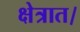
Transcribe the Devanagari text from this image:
क्षेत्रात।